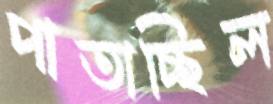
পাতাচ্ছিল